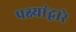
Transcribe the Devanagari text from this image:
पक्ष्यांद्वारे